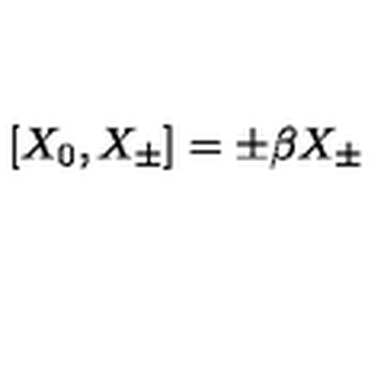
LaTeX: [ X _ { 0 } , X _ { \pm } ] = \pm \beta X _ { \pm }